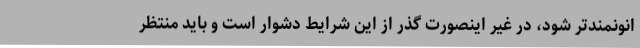
انونمندتر شود، در غیر اینصورت گذر از این شرایط دشوار است و باید منتظر